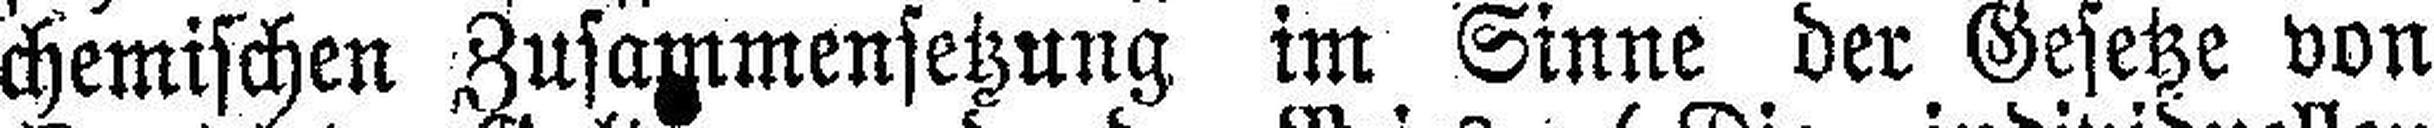
chemischen Zusammensetzung im Sinne der Gesetze von